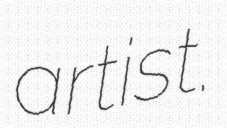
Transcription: artist.